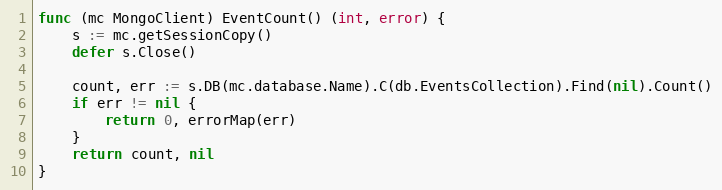
Language: Go
func (mc MongoClient) EventCount() (int, error) {
	s := mc.getSessionCopy()
	defer s.Close()

	count, err := s.DB(mc.database.Name).C(db.EventsCollection).Find(nil).Count()
	if err != nil {
		return 0, errorMap(err)
	}
	return count, nil
}